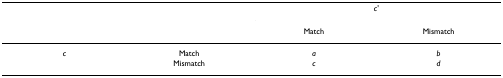
<table><thead><tr><td></td><td></td><td colspan="2"><b><i>c&#x27;</i></b></td></tr><tr><td></td><td></td><td><b>Match</b></td><td><b>Mismatch</b></td></tr></thead><tbody><tr><td><i>c</i></td><td>Match</td><td><i>a</i></td><td><i>b</i></td></tr><tr><td></td><td>Mismatch</td><td><i>c</i></td><td><i>d</i></td></tr></tbody></table>